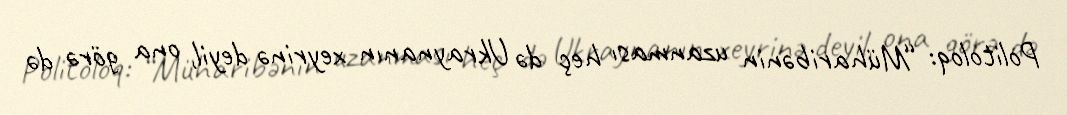
Politoloq: “Müharibənin uzanması heç də Ukraynanın xeyrinə deyil, ona görə də